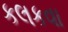
કલકવા